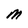
Character: M